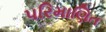
પરિમાણિત